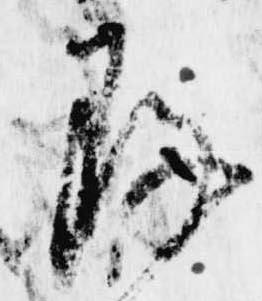
存